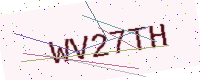
Text: WV27TH